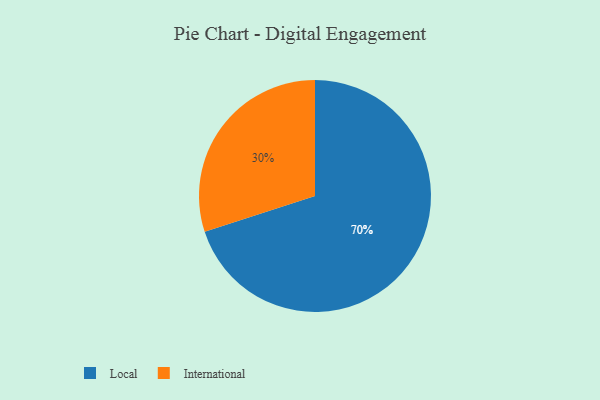
{"axis": {"x": "Category", "y": "Percentage"}, "legend": ["International", "Local"], "data": [{"x": "Local", "y": 70, "type": "Local"}, {"x": "International", "y": 30, "type": "International"}]}